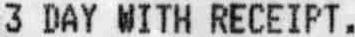
3 DAY WITH RECEIPT.